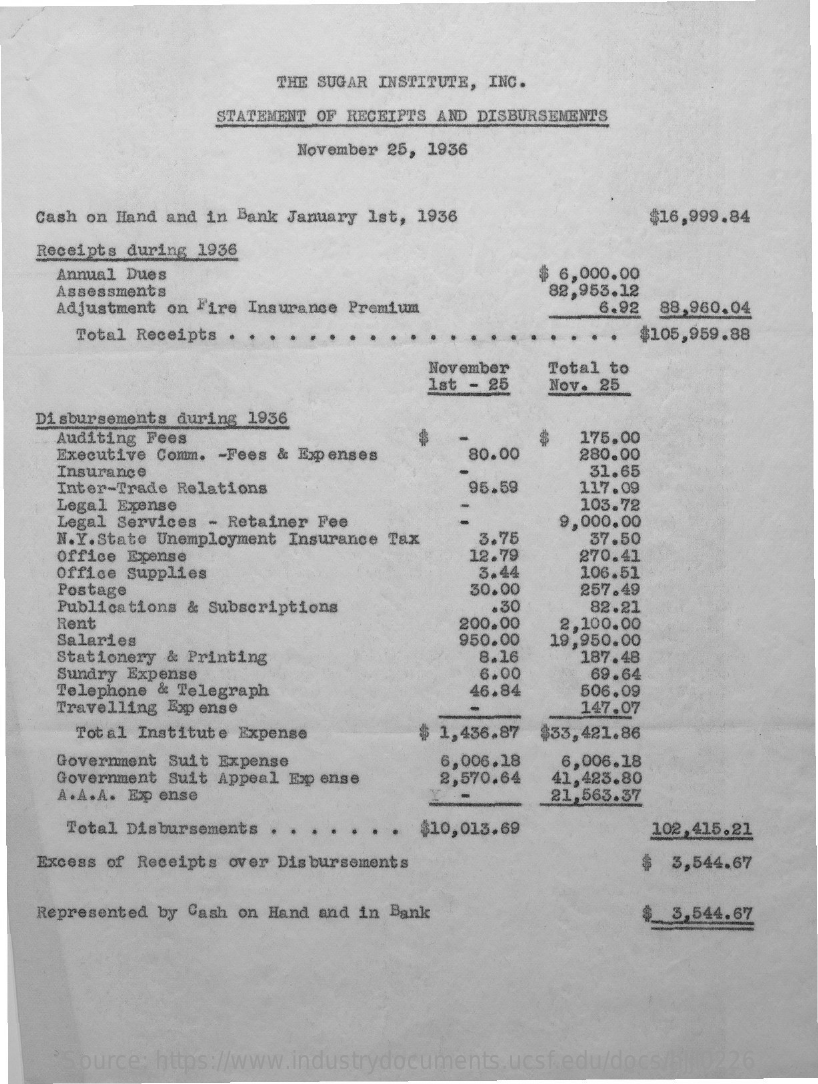
THE SUGAR INSTITUTE, INC.
     STATEMENT OF RECEIPTS AND DISBURSEMENTS
     November 25, 1936
   Cash on Hand and in Bank January 1st, 1936    $16,999.84
    Receipts during 1936
     Annual Dues    $ 6,000.00
     Assessments
     Adjustment on Fire Insurance Premium
     82,953.12
     6.92 88,960.04
     Total Receipts    $105,959.88
     November  Total to
     1st - 25  Nov. 25
   Disbursements during 1936
     Auditing Fees
     Executive Comm. - Fees & Expenses  80.00
     175,00
     280.00
     Insurance    31.65
     Inter-Trade Relations
     Legal Exense
     95.59    117.09
     103.72
     Legal Services - Retainer Fee
     N.Y.State Unemployment Insurance Tax
     9,000.00
     Office Epense
     3.75
     12.79
     37.50
     Office Supplies
     270.41
     Postage
     3.44    106.51
     Publications & Subscriptions
     30.00    257.49
     .30    82.21
     Rent
     Salaries
     200.00
     950.00
     2,100.00
     Stationery & Printing    8.16
     19,950.00
     Sundry Expense
     187.48
     Telephone & Telegraph
     6.00    69.64
     46.84    506.09
     Travelling Expense    147.07
     Total Institute Expense    $ 1,436.87 $33,421.86
     Government Suit Expense    6,006.18
     Government Suit Appeal Exp ense  2,570.64
     6,006.18
     A. A.A. Ex ense
     41,423.80
     21,563.37
     Total Disbursements .    $10,013.69    102,415.21
   Excess of Receipts over Disbursements    3,544.67
   Represented by Cash on Hand and in Bank    3,544.67
     Source: https://www.industrydocuments.ucsf.edu/docs/hjjl0226